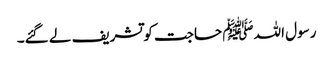
رسول اللہﷺ حاجت کو تشریف لے گئے۔